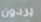
يردون